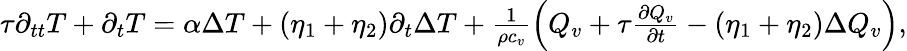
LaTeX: \begin{array}{r}{\tau\partial_{tt}T+\partial_{t}T=\alpha\Delta T+(\eta_{1}+\eta_{2})\partial_{t}\Delta T+\frac{1}{\rho c_{v}}\left(Q_{v}+\tau\frac{\partial Q_{v}}{\partial t}-(\eta_{1}+\eta_{2})\Delta Q_{v}\right),}\end{array}